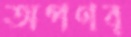
অপণব্